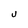
Character: U